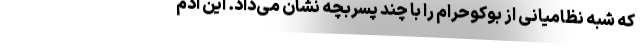
که شبه نظامیانی از بوکوحرام را با چند پسربچه نشان می‌داد. این آدم